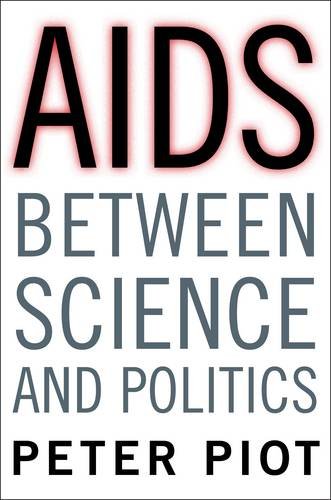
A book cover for AIDS Between Science and Politics; Peter Piot; Law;